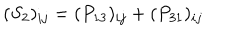
( S _ { 2 } ) _ { i j } = ( P _ { 1 3 } ) _ { i j } + ( P _ { 3 1 } ) _ { i j }